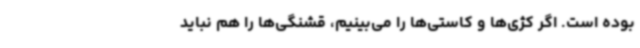
بوده است. اگر کژی‌ها و کاستی‌ها را می‌بینیم، قشنگی‌ها ‌را هم نباید